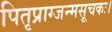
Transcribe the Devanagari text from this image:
पितृप्राग्जन्मसूचकः।